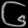
Digit: ၆